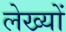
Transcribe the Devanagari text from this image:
लेख्यों